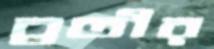
ব্রতীর